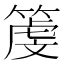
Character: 𥱲